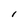
Character: I